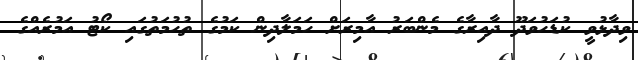
ވިދާޅުވީ ކުޑަހުވަދޫ ދާއިރާގެ މެންބަރު އާމިރަށް ހަމަލާދިން ކަމުގެ ތުހުމަތުގައި ކޯޓު އަމުރެއްގެ